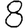
Digit: 8